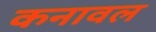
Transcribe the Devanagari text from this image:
कनावल